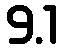
9.1